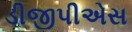
ડીજીપીએસ